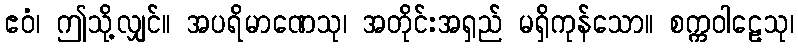
ဧဝံ၊ ဤသို့လျှင်။ အပရိမာဏေသု၊ အတိုင်းအရှည် မရှိကုန်သော။ စက္ကဝါဠေသု၊